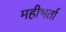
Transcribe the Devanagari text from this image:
महीभर्ता